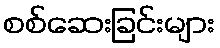
စစ်ဆေးခြင်းများ